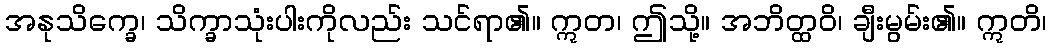
အနုသိက္ခေ၊ သိက္ခာသုံးပါးကိုလည်း သင်ရာ၏။ ဣတ၊ ဤသို့။ အဘိတ္ထဝိ၊ ချီးမွမ်း၏။ ဣတိ၊